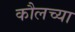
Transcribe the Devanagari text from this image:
कौलच्या